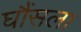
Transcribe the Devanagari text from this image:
घौंसला